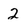
Character: 2